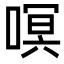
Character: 𭉳